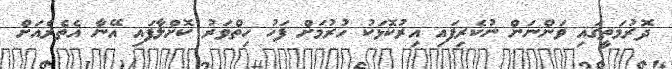
ދޮރުމަތީގައި ވަންނަން ނުކެރިފައި އިރުކޮޅަކު ހުރުމަށް ފަހު ހިތްވަރު ކޮށްލާފައި އޭނާ އެތެރެއަށް